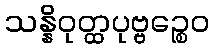
သန္နိဝုတ္ထပုဗ္ဗဉ္စေဝ